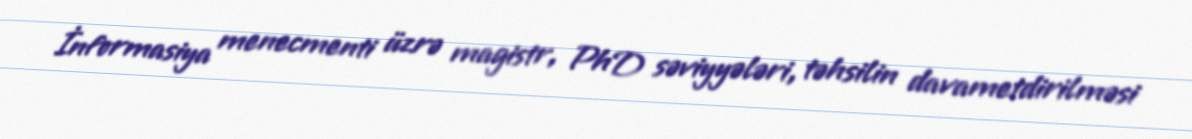
İnformasiya menecmenti üzrə magistr, PhD səviyyələri, təhsilin davametdirilməsi